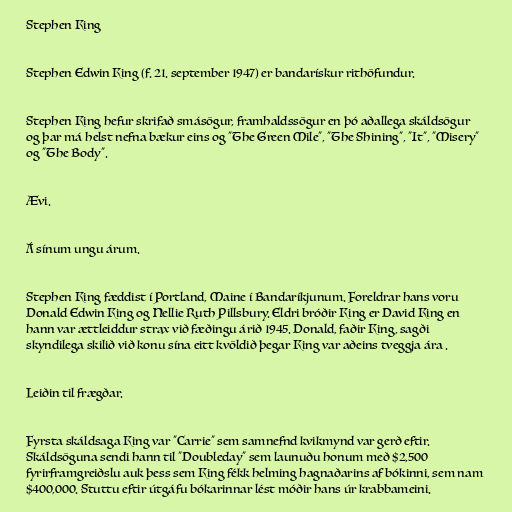
Stephen King

Stephen Edwin King (f. 21. september 1947) er bandarískur rithöfundur.

Stephen King hefur skrifað smásögur, framhaldssögur en þó aðallega skáldsögur
og þar má helst nefna bækur eins og "The Green Mile", "The Shining", "It", "Misery"
og "The Body".

Ævi.

Á sínum ungu árum.

Stephen King fæddist í Portland, Maine í Bandaríkjunum. Foreldrar hans voru
Donald Edwin King og Nellie Ruth Pillsbury. Eldri bróðir King er David King en
hann var ættleiddur strax við fæðingu árið 1945. Donald, faðir King, sagði
skyndilega skilið við konu sína eitt kvöldið þegar King var aðeins tveggja ára .

Leiðin til frægðar.

Fyrsta skáldsaga King var "Carrie" sem samnefnd kvikmynd var gerð eftir.
Skáldsöguna sendi hann til "Doubleday" sem launuðu honum með $2,500
fyrirframgreiðslu auk þess sem King fékk helming hagnaðarins af bókinni, sem nam
$400,000. Stuttu eftir útgáfu bókarinnar lést móðir hans úr krabbameini.